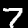
Label: 7